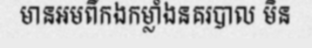
មានអមពីកងកម្លាំងនគរបាល មិន